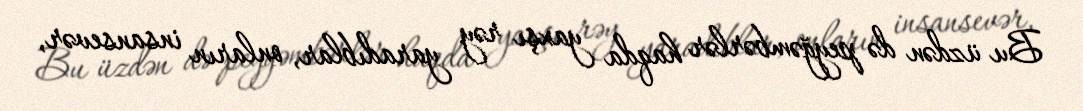
Bu üzdən də peyğəmbərlər haqda yaxşı rəy yaradıblar, onların insansevər,